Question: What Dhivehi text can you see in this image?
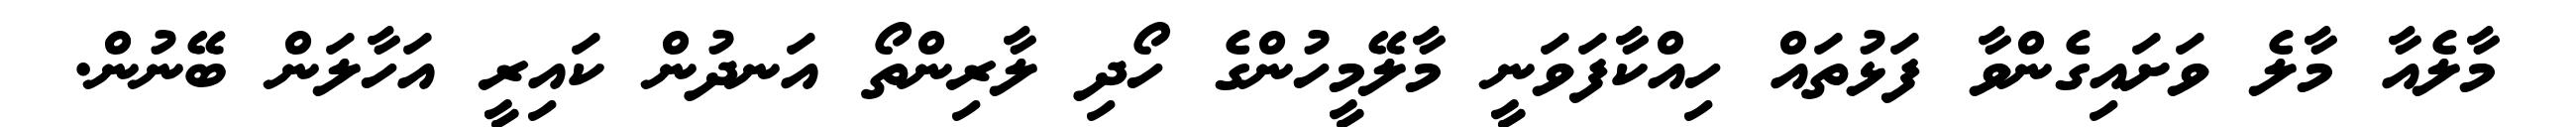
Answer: މާލެއާ މާލެ ވަށައިގެންވާ ފަޅުތައް ހިއްކާފަވަނީ މާލޭމީހުންގެ ހޯދި ލާރިންތޯ އަނދުން ކައިރީ އަހާލަން ބޭނުން.